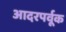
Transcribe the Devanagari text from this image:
आदरपर्वूक